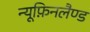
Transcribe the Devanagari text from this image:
न्यूफ़िनलैण्ड